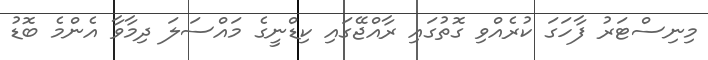
މިނިސްޓަރު ފާހަގަ ކުރެއްވި ގޮތުގައި ރާއްޖޭގައި ކިޑްނީގެ މައްސަލަ ދިމާވާ އެންމެ ބޮޑު